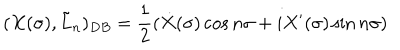
LaTeX: ( X ( \sigma ) , \tilde { L } _ { n } ) _ { D B } = \frac { 1 } { 2 } ( \dot { X } ( \sigma ) \cos n \sigma + i X ^ { \prime } ( \sigma ) \sin n \sigma )